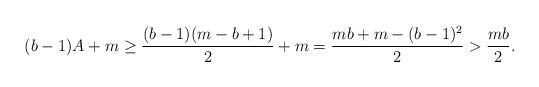
LaTeX: \begin{align*}(b-1)A+m\ge {(b-1)(m-b+1)\over2}+m ={mb+m-(b-1)^2\over2}> {mb\over2}.\end{align*}